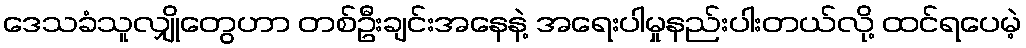
ဒေသခံသူလျှိုတွေဟာ တစ်ဦးချင်းအနေနဲ့ အရေးပါမှုနည်းပါးတယ်လို့ ထင်ရပေမဲ့